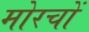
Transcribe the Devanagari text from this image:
मोरचों